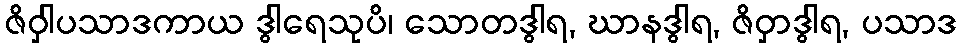
ဇိဝှါပသာဒကာယ ဒွါရေသုပိ၊ သောတဒွါရ, ဃာနဒွါရ, ဇိဝှာဒွါရ, ပသာဒ